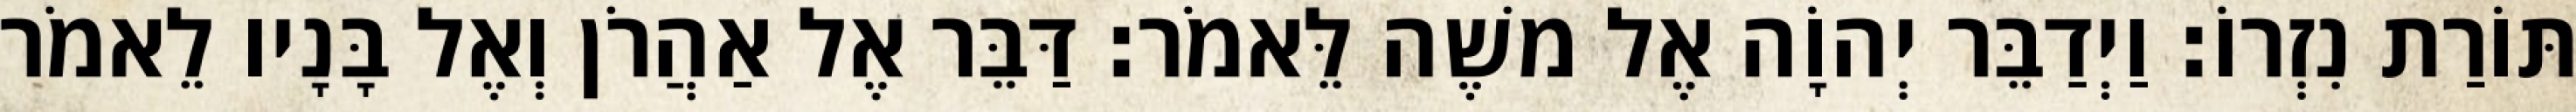
תּוֹרַת נִזְרוֹ׃ וַיְדַבֵּר יְהוָֹה אֶל משֶׁה לֵּאמֹר׃ דַּבֵּר אֶל אַהֲרֹן וְאֶל בָּנָיו לֵאמֹר